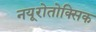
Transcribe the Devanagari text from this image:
नयूरोतोक्सिक